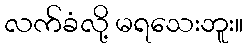
လက်ခံလို့ မရသေးဘူး။